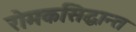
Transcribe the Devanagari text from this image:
रोमकसिद्धान्त